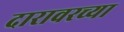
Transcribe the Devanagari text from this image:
दारावरच्या